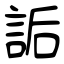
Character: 詬